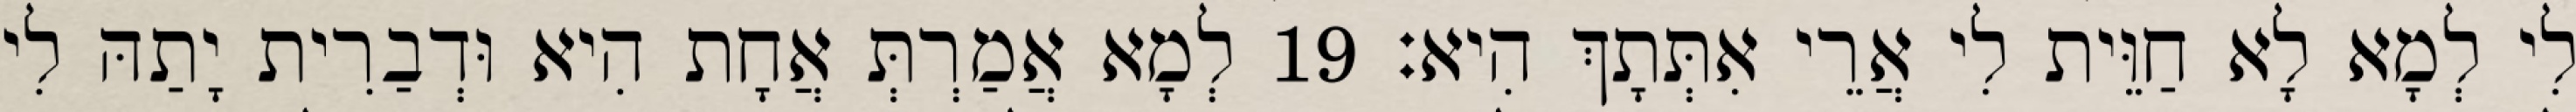
לִי לְמָא לָא חַוֵּית לִי אֲרֵי אִתְּתָךְ הִיא׃ 19 לְמָא אֲמַרְתְּ אֲחָת הִיא וּדְבַרִית יָתַהּ לִי